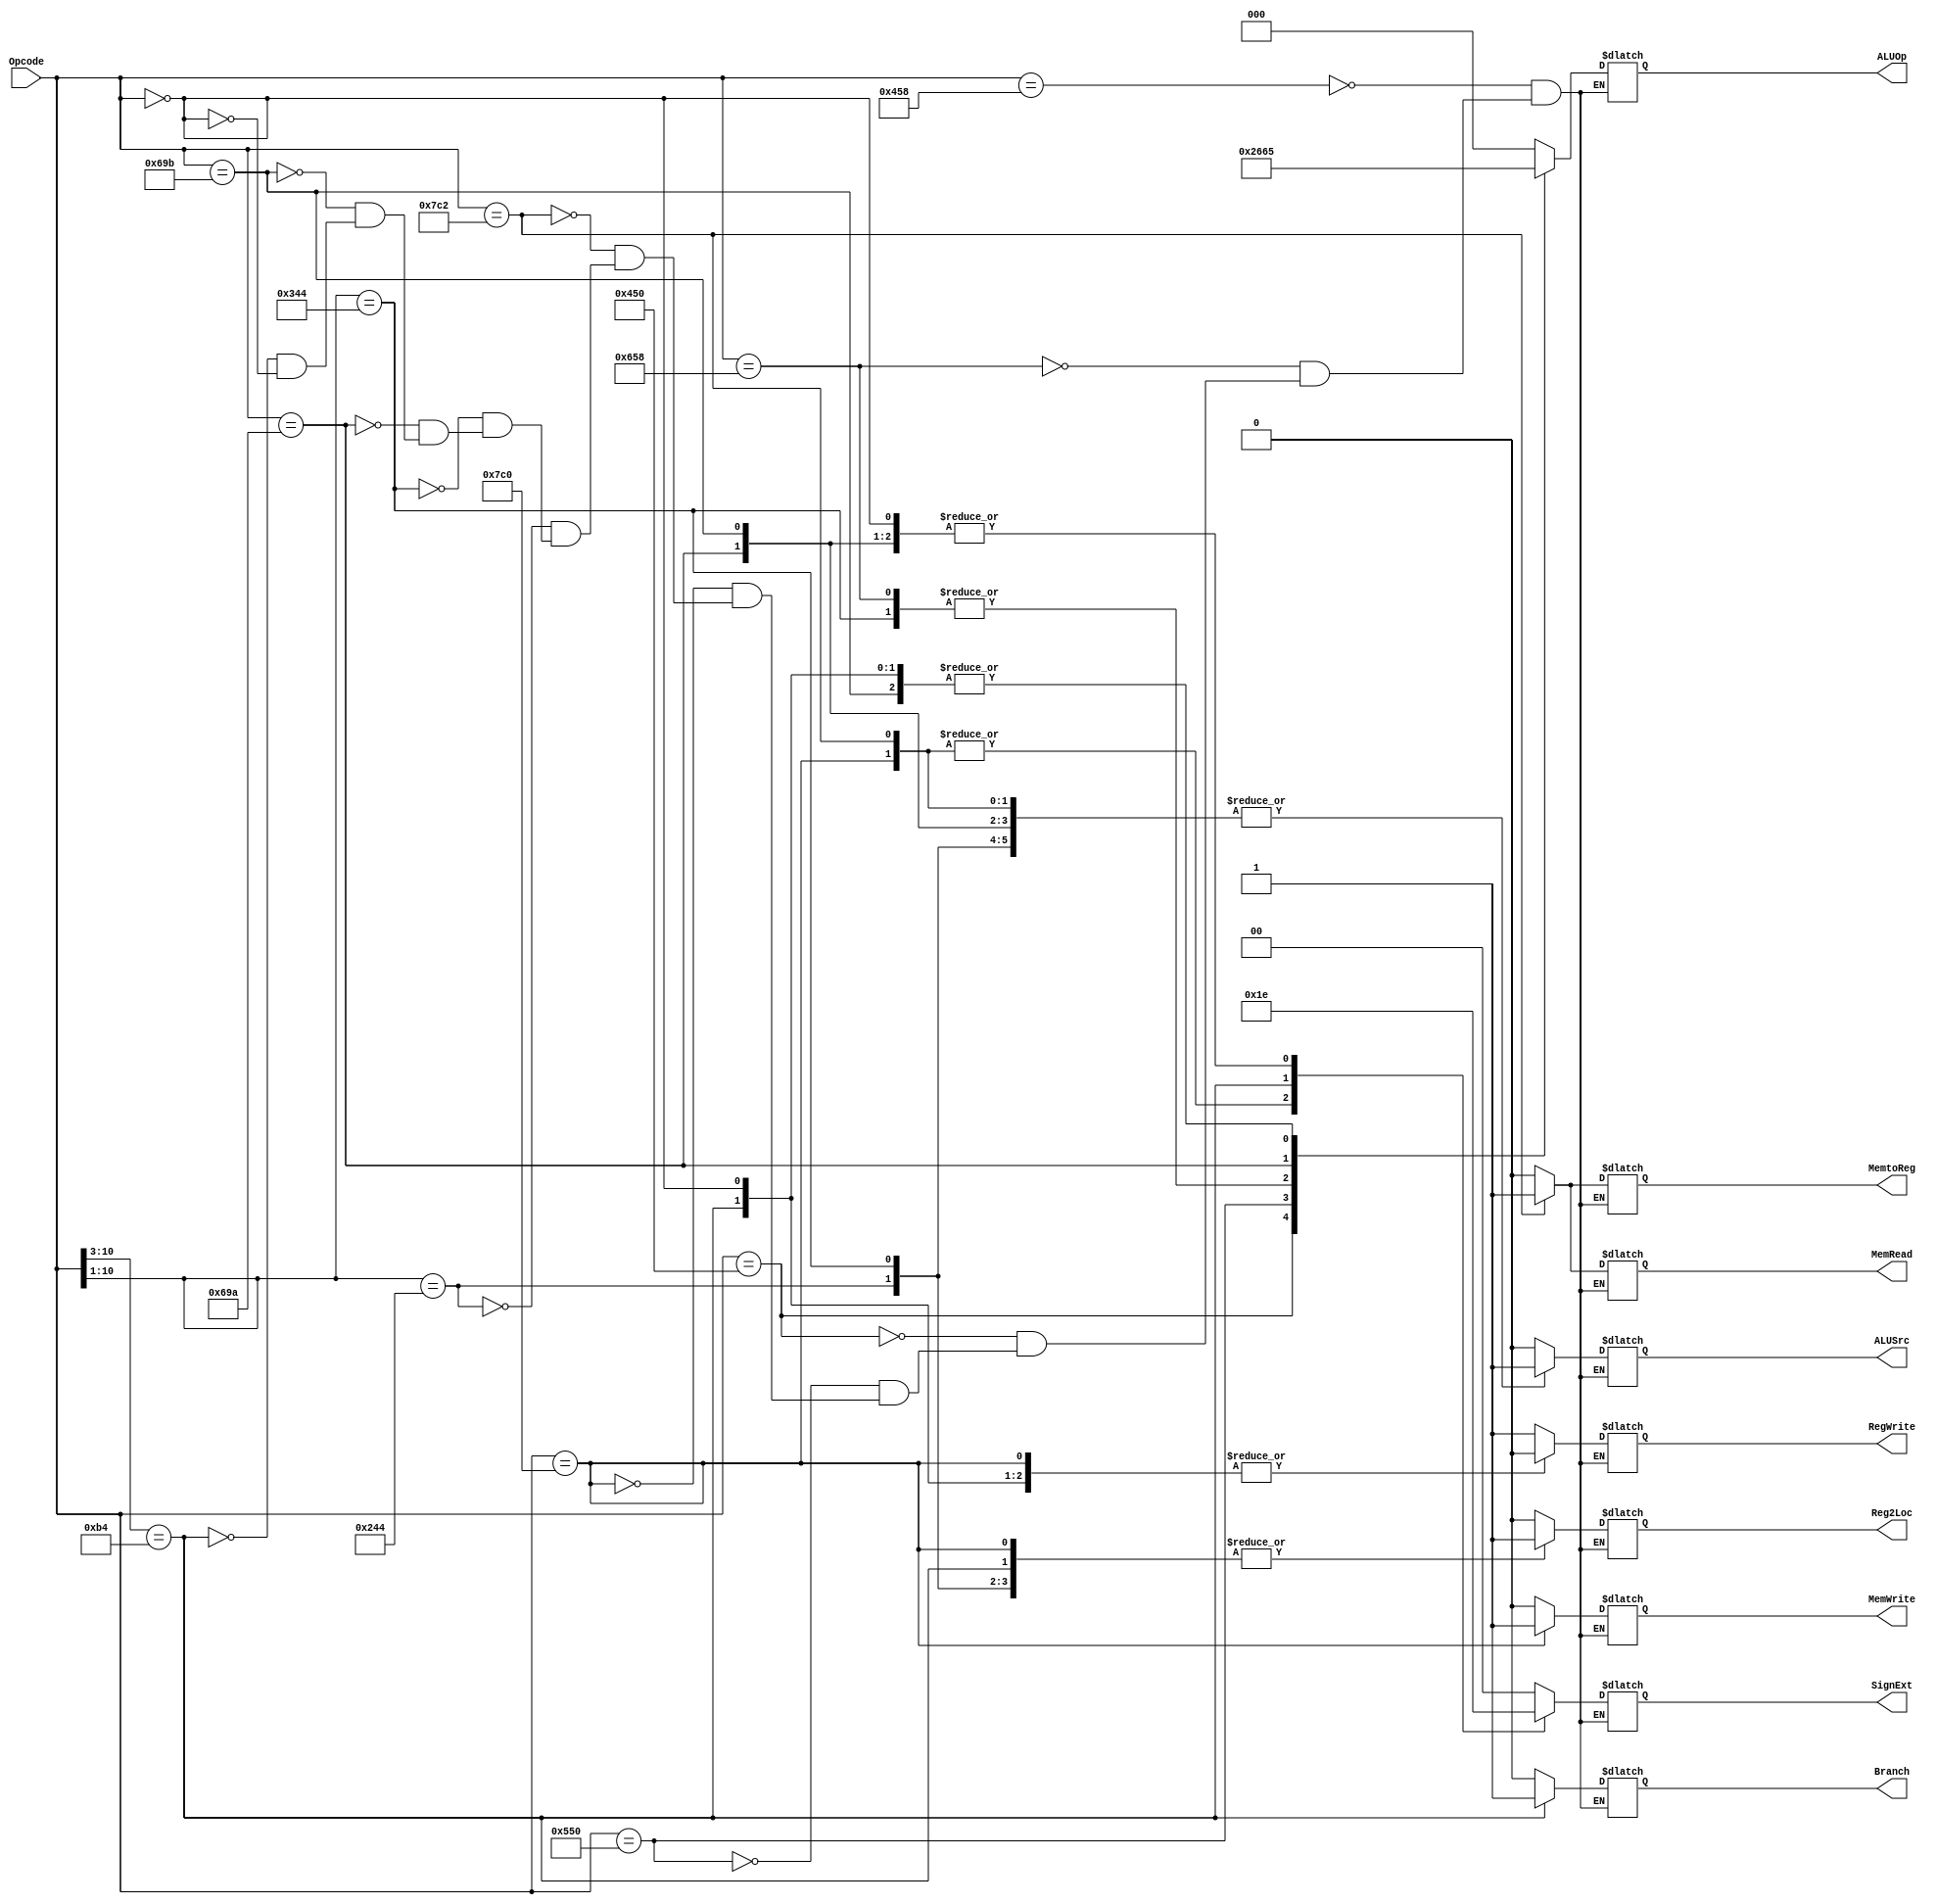
`timescale 1ns / 1ps
//////////////////////////////////////////////////////////////////////////////////
// Company: 
// Engineer: 
// 
// Design Name: 
// Module Name:    CONTROL UNIT
// Project Name: 	 Design ARM Architecture 	
// Target Devices: 
// Tool versions: 
// Description: 
//
// Dependencies: 
//
// Revision: 
// Revision 0.01 - File Created
// Additional Comments: 
//
//////////////////////////////////////////////////////////////////////////////////
module CU(
    input [10:0] Opcode,
    output reg Reg2Loc,
    output reg ALUSrc,
    output reg [2:0] ALUOp,
    output reg Branch,
    output reg MemRead,
    output reg MemWrite,
    output reg MemtoReg,
	 output reg RegWrite,
    output reg [1:0] SignExt
    );
	always @(Opcode)
			casex (Opcode)
				'b10001011000: begin //ADD
										Reg2Loc <= 'b0;
										ALUSrc <= 'b0;
										ALUOp <= 'b000;
										Branch <= 'b0;
										MemRead <= 'b0;
										MemWrite <= 'b0;
										MemtoReg <= 'b0;
										RegWrite <= 'b1;
										SignExt <= 'b00;
									end
				'b11001011000: begin //SUB
										Reg2Loc <= 'b0;
										ALUSrc <= 'b0;
										ALUOp <= 'b001;
										Branch <= 'b0;
										MemRead <= 'b0;
										MemWrite <= 'b0;
										MemtoReg <= 'b0;
										RegWrite <= 'b1;
										SignExt <= 'b00;
									end
				'b10001010000: begin //AND
										Reg2Loc <= 'b0;
										ALUSrc <= 'b0;
										ALUOp <= 'b010;
										Branch <= 'b0;
										MemRead <= 'b0;
										MemWrite <= 'b0;
										MemtoReg <= 'b0;
										RegWrite <= 'b1;
										SignExt <= 'b00;
									end
				'b10101010000: begin //OR
										Reg2Loc <= 'b0;
										ALUSrc <= 'b0;
										ALUOp <= 'b011;
										Branch <= 'b0;
										MemRead <= 'b0;
										MemWrite <= 'b0;
										MemtoReg <= 'b0;
										RegWrite <= 'b1;
										SignExt <= 'b00;
									end
				'b11111000000: begin //STUR 
										Reg2Loc <= 'b1;
										ALUSrc <= 'b1;
										ALUOp <= 'b000;
										Branch <= 'b0;
										MemRead <= 'b0;
										MemWrite <= 'b1;
										MemtoReg <= 'b0;
										RegWrite <= 'b0;
										SignExt <= 'b01;
									end
				'b11111000010: begin //LDUR
										Reg2Loc <= 'b0;
										ALUSrc <= 'b1;
										ALUOp <= 'b000;
										Branch <= 'b0;
										MemRead <= 'b1;
										MemWrite <= 'b0;
										MemtoReg <= 'b1;
										RegWrite <= 'b1;
										SignExt <= 'b01;
									end
				
				'b1001000100x: begin //ADDI
										Reg2Loc <= 'b1;
										ALUSrc <= 'b1;
										ALUOp <= 'b000;
										Branch <= 'b0;
										MemRead <= 'b0;
										MemWrite <= 'b0;
										MemtoReg <= 'b0;
										RegWrite <= 'b1;
										SignExt <= 'b00;
									end
				'b1101000100x: begin //SUBI
										Reg2Loc <= 'b1;
										ALUSrc <= 'b1;
										ALUOp <= 'b001;
										Branch <= 'b0;
										MemRead <= 'b0;
										MemWrite <= 'b0;
										MemtoReg <= 'b0;
										RegWrite <= 'b1;
										SignExt <= 'b00;
								  end
				'b11010011010: begin //LSR
										Reg2Loc <= 'b0;
										ALUSrc <= 'b1;
										ALUOp <= 'b100;
										Branch <= 'b0;
										MemRead <= 'b0;
										MemWrite <= 'b0;
										MemtoReg <= 'b0;
										RegWrite <= 'b1;
										SignExt <= 'b10;
									end	
				'b11010011011: begin //LSL
										Reg2Loc <= 'b0;
										ALUSrc <= 'b1;
										ALUOp <= 'b101;
										Branch <= 'b0;
										MemRead <= 'b0;
										MemWrite <= 'b0;
										MemtoReg <= 'b0;
										RegWrite <= 'b1;
										SignExt <= 'b10;
									end	
				'b10110100xxx: begin //CBZ
										Reg2Loc <= 'b1;
										ALUSrc <= 'b0;
										ALUOp <= 'b101;
										Branch <= 'b1;
										MemRead <= 'b0;
										MemWrite <= 'b0;
										MemtoReg <= 'b0;
										RegWrite <= 'b0;
										SignExt <= 'b11;
									end	
				'b00000000000: begin //NADA
										Reg2Loc <= 'b0;
										ALUSrc <= 'b0;
										ALUOp <= 'b101;
										Branch <= 'b0;
										MemRead <= 'b0;
										MemWrite <= 'b0;
										MemtoReg <= 'b0;
										RegWrite <= 'b0;
										SignExt <= 'b10;
									end	
			endcase				
endmodule